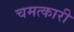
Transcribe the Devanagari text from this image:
चमत्‍कारी